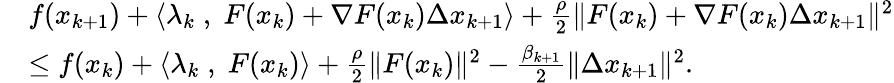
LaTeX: \begin{array}{rl}&{f(x_{k+1})+\langle\lambda_{k}\; ,\; F(x_{k})+\nabla F(x_{k})\Delta x_{k+1}\rangle+\frac{\rho}{2}{\| F(x_{k})+\nabla F(x_{k})\Delta x_{k+1}\| ^{2}}}\\ &{\leq f(x_{k})+\langle\lambda_{k}\; ,\; F(x_{k})\rangle+\frac{\rho}{2}{\| F(x_{k})\| ^{2}}-\frac{\beta_{k+1}}{2}\| \Delta x_{k+1}\| ^{2}.}\end{array}